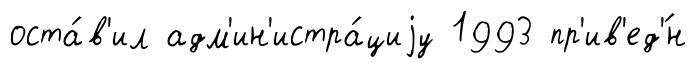
оста́в'ил адм'ин'истра́циjу 1993 пр'ив'ед'́н